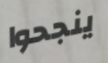
ينجحوا